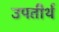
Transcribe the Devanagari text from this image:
उपतीर्थ